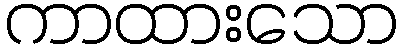
ကာထားသော